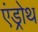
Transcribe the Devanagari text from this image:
एंड्रोथ